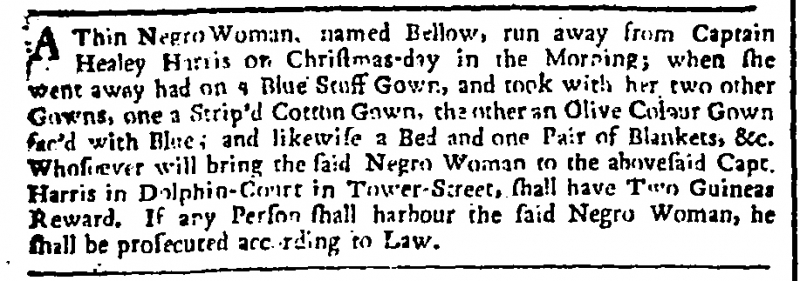
Fog's Weekly Journal, 9 January 1731 (England)
A Thin Negro Woman, named Bellow, run away from Captain Healey Harris on Christmas-day in the Morning; when she went away had on a Blue Stuff Gown, and took with her two other Gowns, one a Strip’d Cotton Gown, the other an Olive Colour Gown fac’d with Blue; and likewise a Bed and one Pair of Blankets, &c. Whosoever will bring the said Negro Woman to the abovesaid Capt. Harris in Dolphin-Court in Tower-Street, shall have Two Guineas Reward. If any Person shall harbour the said Negro Woman, he shall be prosecuted according to Law.